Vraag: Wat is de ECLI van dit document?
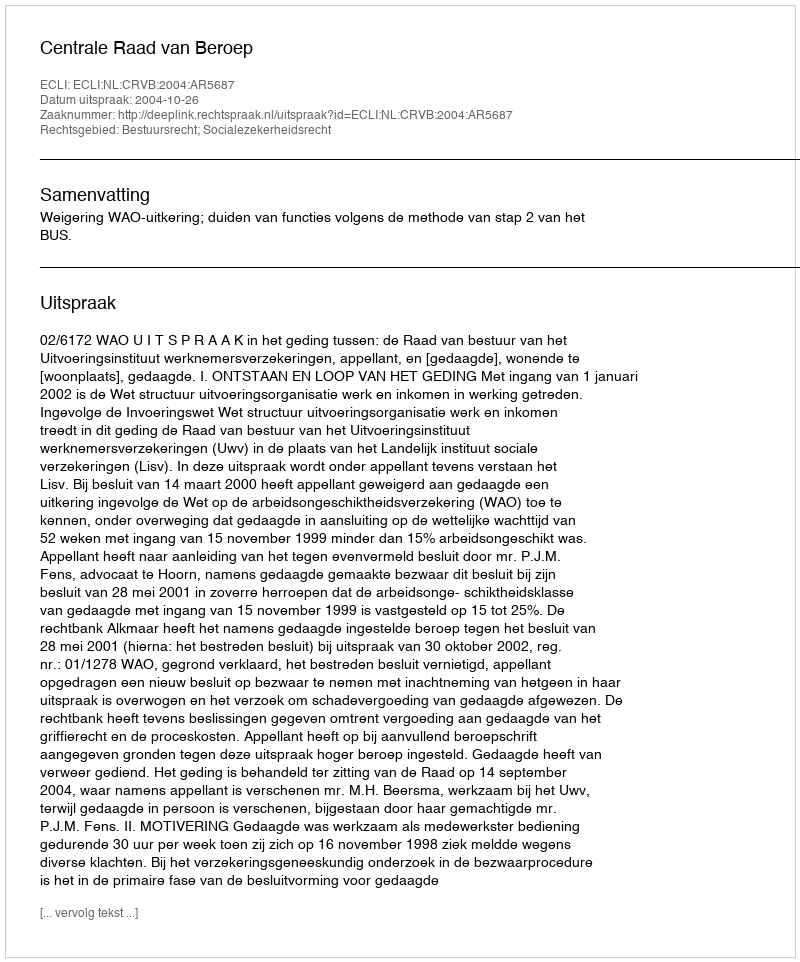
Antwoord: ECLI:NL:CRVB:2004:AR5687